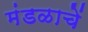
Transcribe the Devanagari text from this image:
मंडळाचें